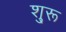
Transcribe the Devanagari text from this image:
शु्रू